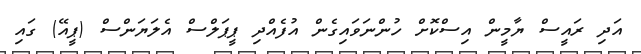
އަދި ރައީސް ޔާމީން އިސްކޮށް ހުންނަވައިގެން އުފެއްދި ޕީޕަލްސް އެލަޔަންސް (ޕީއޭ) ގައި